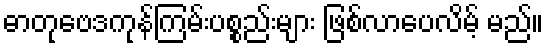
ဓာတုဗေဒကုန်ကြမ်းပစ္စည်းများ ဖြစ်လာပေလိမ့် မည်။